Indian journal of veterinary science and animal husbandry - Volumes 15-17, 1948-1951
Year: 1948
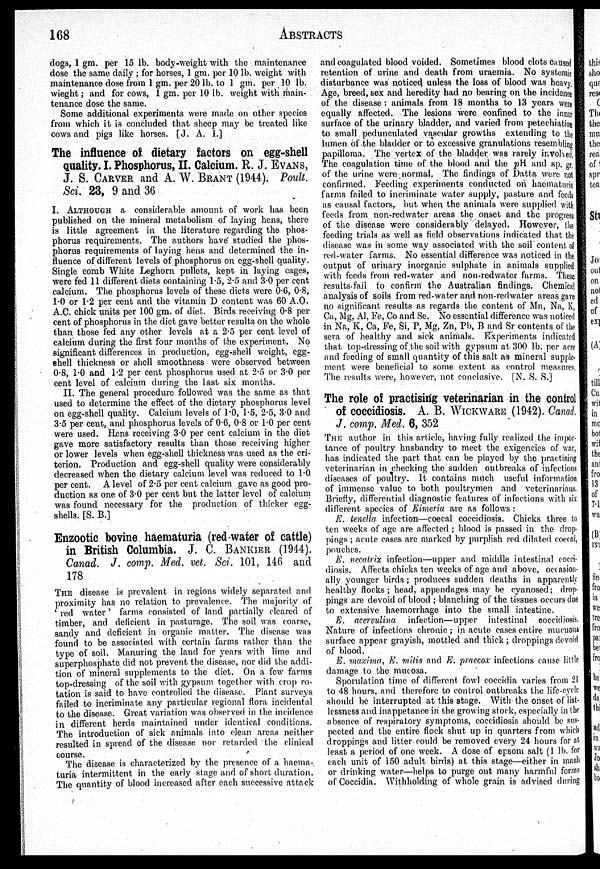
168
ABSTRACTS
dogs, 1 gm. per 15 lb. body-weight with the maintenance
dose the same daily ; for horses, 1 gm. per 10 lb. weight with
maintenance dose from 1 gm. per 20 lb. to 1 gm. per 10 lb.
wieght ; and for cows, 1 gm. per 10 lb. weight with main-
tenance dose the same.
Some additional experiments were made on other species
from which it is concluded that sheep may be treated like
cows and pigs like horses. [J. A. I.]
The influence of dietary factors on egg-shell
quality. I. Phosphorus, II. Calcium. R. J. EVANS,
J. S. CARVER and A. W. BRANT (1944). Poult.
Sci. 23, 9 and 36
I. ALTHOUGH a considerable amount of work has been
published on the mineral metabolism of laying hens, there
is little agreement in the literature regarding the phos-
phorus requirements. The authors have studied the phos-
phorus requirements of laying hens and determined the in-
fluence of different levels of phosphorus on egg-shell quality.
Single comb White Leghorn pullets, kept in laying cages,
were fed 11 different diets containing 1.5, 2.5 and 3.0 per cent
calcium. The phosphorus levels of these diets were 0.6, 0.8,
1.0 or 1.2 per cent and the vitamin D content was 60 A.O.
A.C. chick units per 100 gm. of diet. Birds receiving 0.8 per
cent of phosphorus in the diet gave better results on the whole
than those fed any other levels at a 2.5 per cent level of
calcium during the first four months of the experiment. No
significant differences in production, egg-shell weight, egg-
shell thickness or shell smoothness were observed between
0.8, 1.0 and 1.2 per cent phosphorus used at 2.5 or 3.0 per-
cent level of calcium during the last six months.
II. The general procedure followed was the same as that
used to determine the effect of the dietary phosphorus level
on egg-shell quality. Calcium levels of 1.0, 1.5, 2.5, 3.0 and
3.5 per cent, and phosphorus levels of 0.6, 0.8 or 1.0 per cent
were used. Hens receiving 3.0 per cent calcium in the diet
gave more satisfactory results than those receiving higher
or lower levels when egg-shell thickness was used as the cri-
terion. Production and egg-shell quality were considerably
decreased when the dietary calcium level was reduced to 1.0
per cent. A level of 2.5 per cent calcium gave as good pro-
duction as one of 3.0 per cent but the latter level of calcium
was found necessary for the production of thicker egg-
shells. [S. B.]
Enzootic bovine haematuria (red water of cattle)
in British Columbia. J. C. BANKIER (1944).
Canad. J. comp. Med. vet. Sci. 101, 146 and
178
THE disease is prevalent in regions widely separated and
proximity has no relation to prevalence. The majority of
'red water' farms consisted of land partially cleared of
timber, and deficient in pasturage. The soil was coarse,
sandy and deficient in organic matter. The disease was
found to be associated with certain farms rather than the
type of soil. Manuring the land for years with lime and
superphosphate did not prevent the disease, nor did the addi-
tion of mineral supplements to the diet. On a few farms
top-dressing of the soil with gypsum together with crop ro-
tation is said to have controlled the disease. Plant surveys
failed to incriminate any particular regional flora incidental
to the disease. Great variation was observed in the incidence
in different herds maintained under identical conditions.
The introduction of sick animals into clean areas neither
resulted in spread of the disease nor retarded the clinical
course.
The disease is characterized by the presence of a haema-
turia intermittent in the early stage and of short duration.
The quantity of blood increased after each successive attack
and coagulated blood voided. Sometimes blood clots caused
retention of urine and death from uraemia. No systemic
disturbance was noticed unless the loss of blood was heavy.
Age, breed, sex and heredity had no bearing on the incidence
of the disease: animals from 18 months to 13 years were
equally affected. The lesions were confined to the inner
surface of the urinary bladder, and varied from petechiation
to small pedunculated vascular growths extending to the
lumen of the bladder or to excessive granulations resembling
papilloma. The vertex of the bladder was rarely involved,
The coagulation time of the blood and the pH and sp. gr.
of the urine were normal. The findings of Datta were not
confirmed. Feeding experiments conducted on haematuria
farms failed to incriminate water supply, pasture and feeds
as causal factors, but when the animals were supplied with
feeds from non-redwater areas the onset and the progress
of the disease were considerably delayed. However, the
feeding trials as well as field observations indicated that the
disease was in some way associated with the soil content of
red-water farms. No essential difference was noticed in the
output of urinary inorganic sulphate in animals supplied
with feeds from red-water and non-redwater farms. These
results fail to confirm the Australian findings. Chemical
analysis of soils from red-water and non-redwater areas gave
no significant results as regards the content of Mn, Na, K,
Ca, Mg, Al, Fe, Co and Se. No essential difference was noticed
in Na, K, Ca, Fe, Si, P, Mg. Zn, Pb, B and Sr contents of the
sera of healthy and sick animals. Experiments indicated
that top-dressing of the soil with gypsum at 300 lb. per acre
and feeding of small quantity of this salt as mineral supple-
ment were beneficial to some extent as control measures.
The results were, however, not conclusive. [N. S. S.]
The role of practising veterinarian in the control
of coccidiosis. A. B. WICKWARE (1942). Canad.
J. comp. Med. 6, 352
THE author in this article, having fully realized the impor-
tance of poultry husbandry to meet the exigencies of war,
has indicated the part that can be played by the practising
veterinarian in checking the sudden outbreaks of infectious
diseases of poultry. It contains much useful information
of immense value to both poultrymen and veterinarians.
Briefly, differential diagnostic features of infections with six
different species of Eimeria are as follows :
E. tenella infection—coecal coccidiosis. Chicks three to
ten weeks of age are affected ; blood is passed in the drop-
pings ; acute cases are marked by purplish red dilated coecal,
pouches.
E. necatrix infection—upper and middle intestinal cocci-
diosis. Affects chicks ten weeks of age and above, occasion-
ally younger birds ; produces sudden deaths in apparently
healthy flocks ; head, appendages may be cyanosed; drop-
pings are devoid of blood ; blanching of the tissues occurs due
to extensive haemorrhage into the small intestine.
E. acervulina infection—upper intestinal coccidiosis,
Nature of infections chronic ; in acute cases entire mucuous
surface appear grayish, mottled and thick ; droppings devoid
of blood.
E. maxima, E. milis and E. praecox infections cause little
damage to the mucosa.
Sporulation time of different fowl coccidia varies from 21
to 48 hours, and therefore to control outbreaks the life-cycle
should be interrupted at this stage. With the onset of list-
lessness and inappetance in the growing stock, especially in the
absence of respiratory symptoms, coccidiosis should be sus-
pected and the entire flock shut up in quarters from which
droppings and litter could be removed every 24 hours for at
least a period of one week. A dose of epsom salt (1 lb. for
each unit of 150 adult birds) at this stage—either in mash
or drinking water—helps to purge out many harmful forms
of Coccidia. Withholding of whole grain is advised during